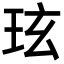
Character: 玹